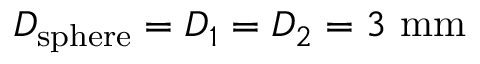
D _ { \mathrm { s p h e r e } } = D _ { 1 } = D _ { 2 } = 3 ~ \mathrm { m m }